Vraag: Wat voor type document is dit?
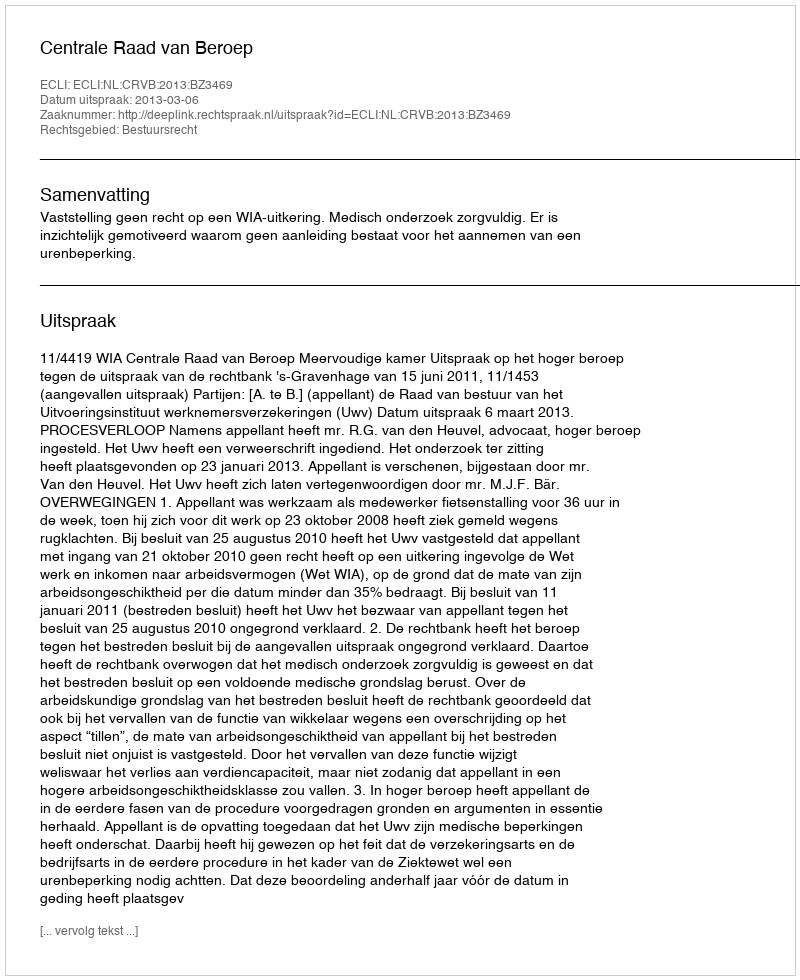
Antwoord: Uitspraak